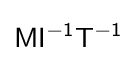
{\mathsf {MI^{-1}T^{-1}}}